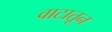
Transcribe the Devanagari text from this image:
वाटातून